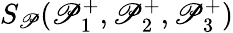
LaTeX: S_{\mathscr{P}}(\mathscr{P}_{1}^{+},\mathscr{P}_{2}^{+},\mathscr{P}_{3}^{+})